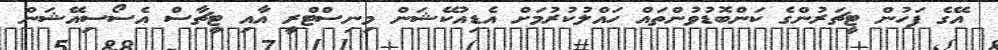
އޭގެ ފަހުން ޓީޗަރުންގެ ކަންބޮޑުވުންތައް ހައްލުކުރުމަށް އެޑިއުކޭޝަން މިނިސްޓްރީ އާއި ޓީޗާސް އެސޯސިއޭޝަން